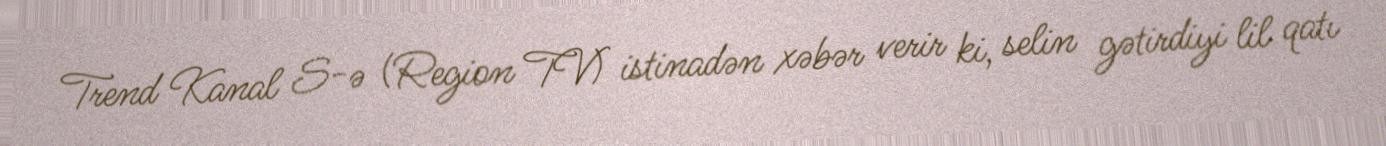
Trend Kanal S-ə (Region TV) istinadən xəbər verir ki, selin gətirdiyi lil qatı